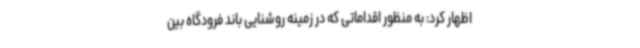
اظهار کرد: به منظور اقداماتی که در زمینه روشنایی باند فرودگاه بین